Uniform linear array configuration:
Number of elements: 16
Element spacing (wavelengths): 0.75
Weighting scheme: uniform
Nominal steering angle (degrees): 45
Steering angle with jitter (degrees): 45.032
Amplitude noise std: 0.05
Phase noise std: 0.05

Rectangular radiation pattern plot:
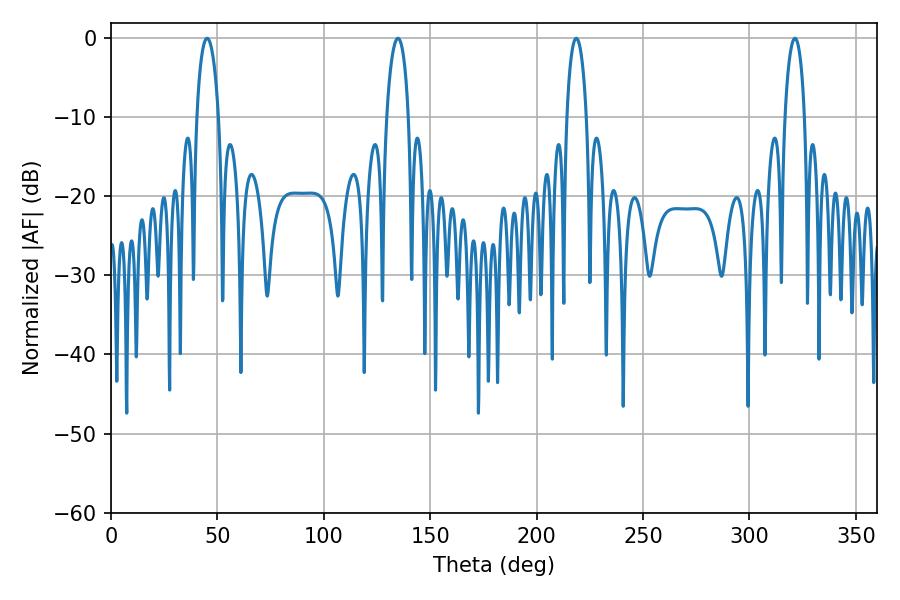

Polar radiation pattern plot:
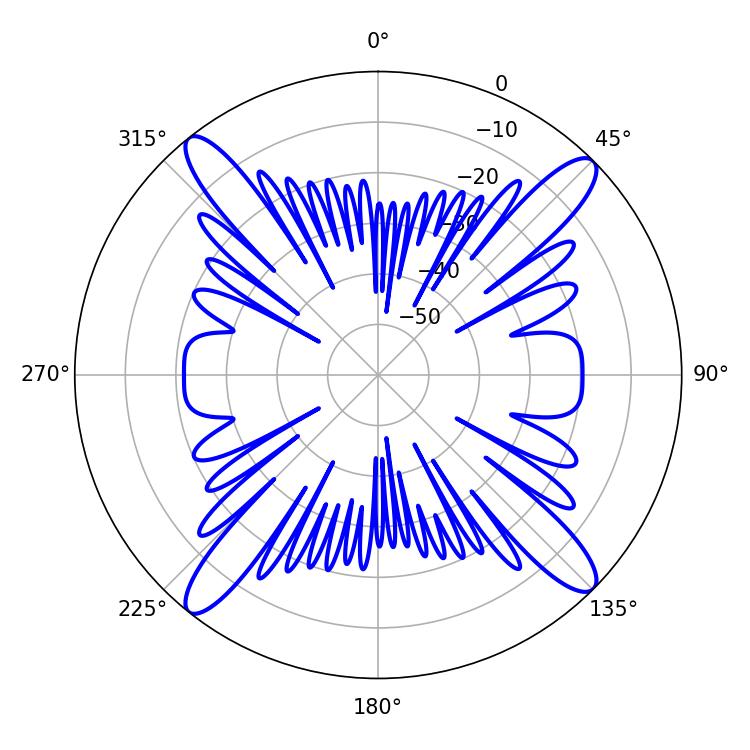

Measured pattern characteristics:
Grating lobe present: TRUE
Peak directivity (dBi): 17.584
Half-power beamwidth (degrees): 5.94
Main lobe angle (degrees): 134.82